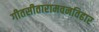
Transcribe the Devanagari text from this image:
गीतसीतारामवनविहार